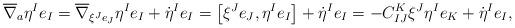
LaTeX: \begin{gather*} \overline{ \nabla } _a \eta ^I e _I = \overline{ \nabla } _{ \xi ^J e _J } \eta ^I e _I + \dot{ \eta } ^I e _I= \big[ \xi ^J e _J , \eta ^I e _I \big] + \dot{ \eta } ^I e _I = - C _{ I J } ^K \xi ^J \eta ^I e _K + \dot{ \eta } ^I e _I , \end{gather*}